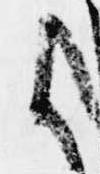
候